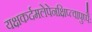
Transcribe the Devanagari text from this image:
यक्षकर्दमलेपेनक्षिप्त्वापुष्पैः